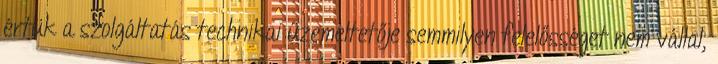
értük a szolgáltatás technikai üzemeltetője semmilyen felelősséget nem vállal,